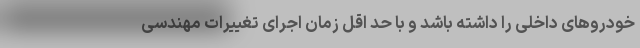
خودروهای داخلی را داشته باشد و با حد اقل زمان اجرای تغییرات مهندسی